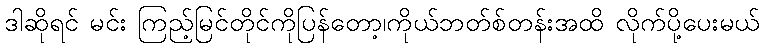
ဒါဆိုရင် မင်း ကြည့်မြင်တိုင်ကိုပြန်တော့၊ကိုယ်ဘတ်စ်တန်းအထိ လိုက်ပို့ပေးမယ်